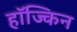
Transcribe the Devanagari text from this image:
हॉज्किन